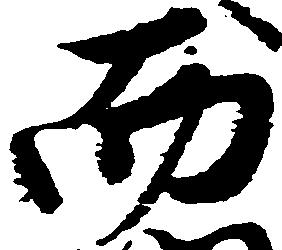
而